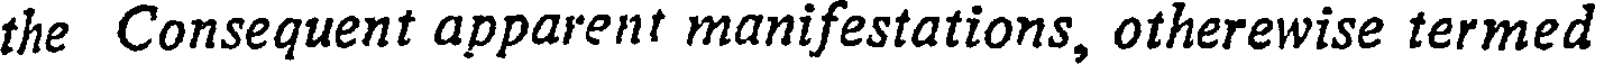
the Consequent apparent manifestations, otherewise termed